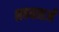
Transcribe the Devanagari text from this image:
शवयात्राओँ